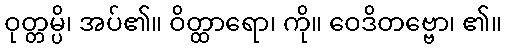
ဝုတ္တမ္ပိ၊ အပ်၏။ ဝိတ္ထာရော၊ ကို။ ဝေဒိတဗ္ဗော၊ ၏။